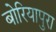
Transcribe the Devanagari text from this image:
बोरियापुरा